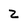
Character: 2